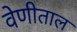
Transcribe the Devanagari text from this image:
वेणीताल